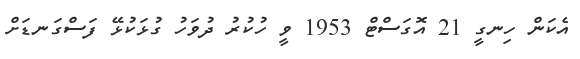
އެކަން ހިނގީ 21 އޮގަސްޓް 1953 ވީ ހުކުރު ދުވަހު ގުޅަކުޅޭ ފަސްގަނޑަށް